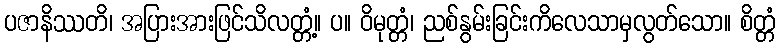
ပဇာနိဿတိ၊ အပြားအားဖြင်သိလတ္တံ့။ ပ။ ဝိမုတ္တံ၊ ညစ်နွမ်းခြင်းကိလေသာမှလွတ်သော။ စိတ္တံ